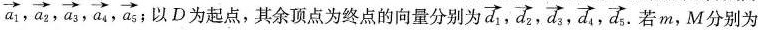
\overrightarrow{a_{1}}, \overrightarrow{a_{2}}, \overrightarrow{a_{3}}, \overrightarrow{a_{4}}, \overrightarrow{a}_{5}; D为起点，其余顶点为终点的向量分别为\overrightarrow{d}_{1}, \overrightarrow{d_{2}}, \overrightarrow{d_{3}}, \overrightarrow{d}_{4}, \overrightarrow{d}_{5}. 若m，M分别为